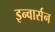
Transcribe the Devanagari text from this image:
इन्वार्सन